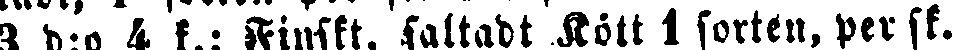
3 d:o 4 k.; Finskt, saltadt Kött 1 sorten, per sk.